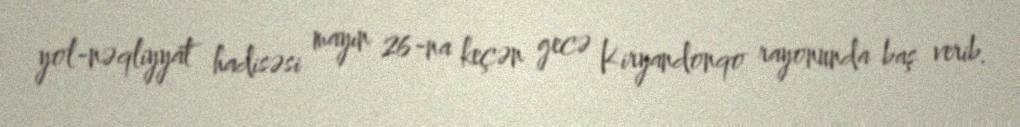
yol-nəqliyyat hadisəsi mayın 26-na keçən gecə Kiryandonqo rayonunda baş verib.